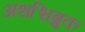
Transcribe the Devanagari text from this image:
अधश्चिब्रुक